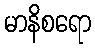
မာနိစရော